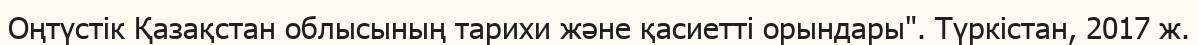
Оңтүстік Қазақстан облысының тарихи және қасиетті орындары". Түркістан, 2017 ж.